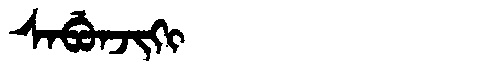
Manchu: ᠰᠠᠪᡠᠨᠵᡳᡴᡳ
Romanization: SABUNJIKI